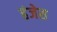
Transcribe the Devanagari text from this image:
हंजेस